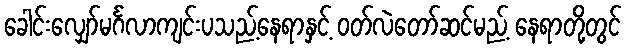
ခေါင်းလျှော်မင်္ဂလာကျင်းပသည့်နေရာနှင့် ဝတ်လဲတော်ဆင်မည့် နေရာတို့တွင်